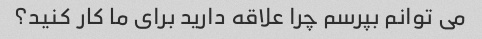
می توانم بپرسم چرا علاقه دارید برای ما کار کنید؟